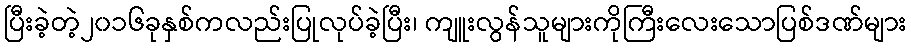
ပြီးခဲ့တဲ့၂၀၁၆ခုနှစ်ကလည်းပြုလုပ်ခဲ့ပြီး၊ ကျူးလွန်သူများကိုကြီးလေးသောပြစ်ဒဏ်များ